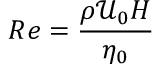
R e = \frac { \rho \mathcal { U } _ { 0 } H } { \eta _ { 0 } }